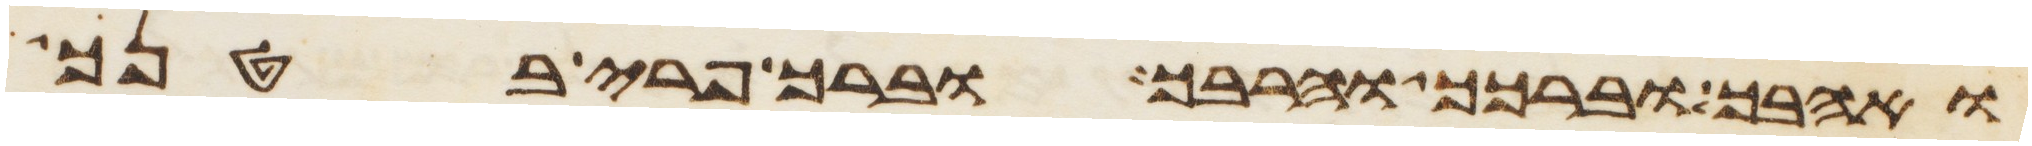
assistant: ואהבך וברכך והרבך וברך פרי בטנך